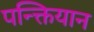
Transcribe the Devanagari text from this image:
पन्क्तियान